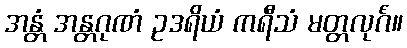
အန္တံ အန္တဂုဏံ ဥဒရိယံ ကရီသံ မတ္တလုင်္ဂံ။